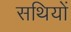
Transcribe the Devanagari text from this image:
सथियों